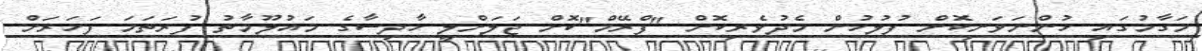
މަގާމުގައި ހުންނަވަނިކޮށް ފުލުހުން މެދުވެރިކޮށް "ފްރޭމް"ކޮށް ޖަލަށްލީ ހާދިސާގެ މައުލޫމާތު ފުރަތަމަ ފަހަރަށް